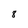
Character: 8